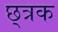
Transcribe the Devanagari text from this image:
छ्त्रक